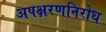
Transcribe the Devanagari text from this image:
अपक्षरणनिरोध